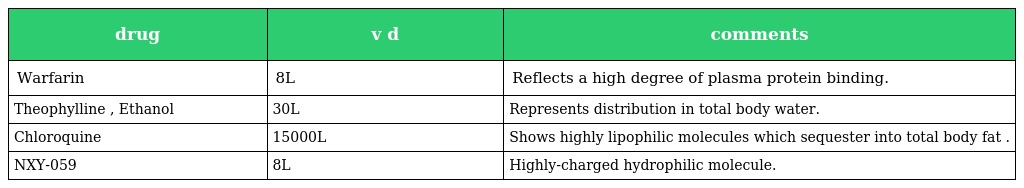
| drug | v d | comments |
 | --- | --- | --- |
 | Warfarin | 8L | Reflects a high degree of plasma protein binding. |
 | Theophylline , Ethanol | 30L | Represents distribution in total body water. |
 | Chloroquine | 15000L | Shows highly lipophilic molecules which sequester into total body fat . |
 | NXY-059 | 8L | Highly-charged hydrophilic molecule. |